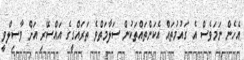
އެހެން ނަމަވެސް އެ ގައުމުތައް އެކަންތައްތަކުން ސަލާމަތްވެ ތަރައްގީގެ އައްސޭރި އަށް ވާސިލްވީ